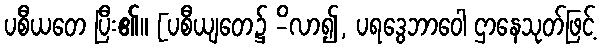
ပစီယတေ ပြီး၏။ [ပစီယျတေ၌ -ိလာ၍, ပရဒွေဘာဝေါ ဌာနေသုတ်ဖြင့်